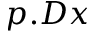
p . D x